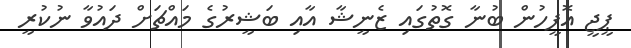
ޕީޖީ އޮފީހުން ބުނާ ގޮތުގައި ޒެނީޝާ އާއި ބަޝީރުގެ މައްޗަށް ދައުވާ ނުކުރީ